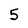
Character: 5